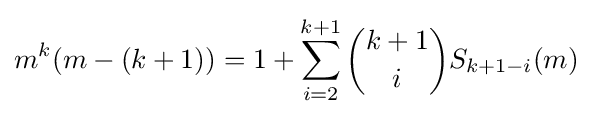
m^{k}(m-(k+1))=1+\sum _{i=2}^{k+1}{\binom {k+1}{i}}S_{k+1-i}(m)